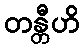
တန္တီဟိ